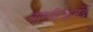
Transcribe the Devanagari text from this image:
आनंदीआनंद